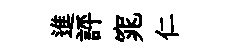
進評窕仁